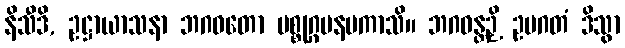
နိသီဒိ, ဥဋ္ဌာယာသနာ ဘဂဝတော ပစ္စုဂ္ဂမနမကာသိ။ ဘဂဝန္တဉှိ ဥပဂတံ ဒိသွာ